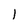
Character: l